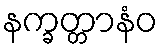
နက္ခတ္တာနံဝ